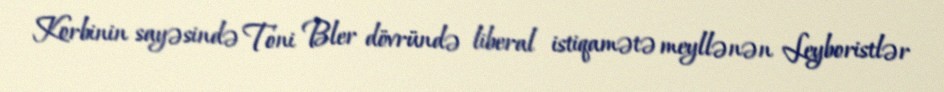
Korbinin sayəsində Toni Bler dövründə liberal istiqamətə meyllənən Leyboristlər